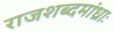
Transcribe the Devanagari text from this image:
राजशब्दमांध्राः